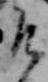
そ